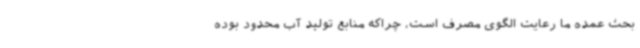
بحث عمده ما رعایت الگوی مصرف است، چراکه منابع تولید آب محدود بوده